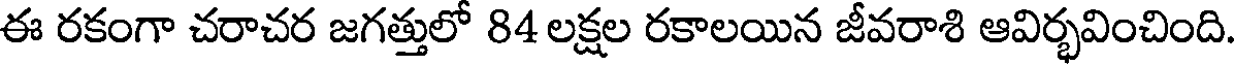
ఈ రకంగా చరాచర జగత్తులో 84 లక్షల రకాలయిన జీవరాశి ఆవిర్భవించింది.